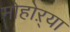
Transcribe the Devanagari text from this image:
मोहोऱ्या